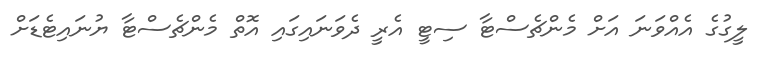
ލީގުގެ އެއްވަނަ އަށް މެންޗެސްޓާ ސިޓީ އެރީ ދެވަނައިގައި އޮތް މެންޗެސްޓާ ޔުނައިޓެޑަށް